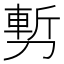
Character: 𭄇